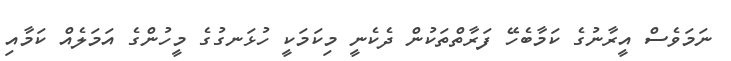
ނަމަވެސް އީރާނުގެ ކަމާބެހޭ ފަރާތްތަކުން ދެކެނީ މިކަމަކީ ހުޅަނގުގެ މީހުންގެ އަމަލެއް ކަމާއި